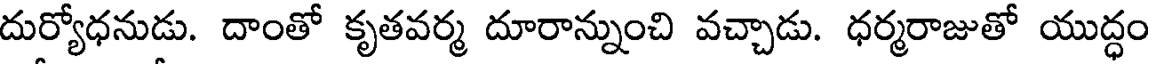
దుర్యోధనుడు. దాంతో కృతవర్మ దూరాన్నుంచి వచ్చాడు. ధర్మరాజుతో యుద్ధం